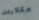
مكلارين